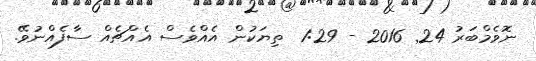
ނޮވެމްބަރު 24